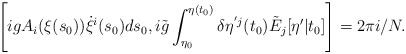
\begin{align*}\left[ i g A_i(\xi(s_0)) \dot{\xi}^i(s_0) ds_0, i \tilde{g} \int_{\eta_0} ^{\eta(t_0)} \delta \eta^{'j}(t_0) \tilde{E}_j[\eta'|t_0] \right] = 2 \pi i/N.\end{align*}